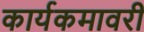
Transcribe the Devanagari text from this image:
कार्यकमावरी